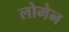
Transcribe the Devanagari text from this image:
लोमेन